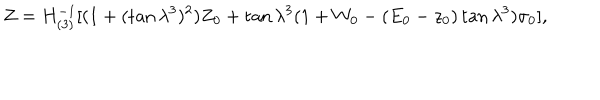
Z = H _ { ( 3 ) } ^ { - 1 } [ ( 1 + ( \tan \lambda ^ { 3 } ) ^ { 2 } ) Z _ { 0 } + \tan \lambda ^ { 3 } ( 1 + W _ { 0 } - ( E _ { 0 } - z _ { 0 } ) \tan \lambda ^ { 3 } ) \sigma _ { 0 } ] ,